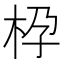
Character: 𱣌